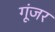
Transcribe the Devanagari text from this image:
गूंजर